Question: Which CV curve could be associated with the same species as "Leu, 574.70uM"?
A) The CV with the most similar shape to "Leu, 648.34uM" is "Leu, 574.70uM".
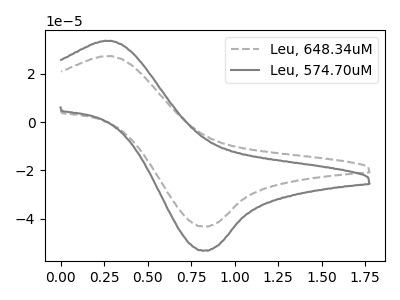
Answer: <think>The gray dashed curve "Leu, 648.34uM" has an anodic peak at (0.30V, 27.30uA) and a cathodic peak at (0.85V, -43.25uA). The gray curve "Leu, 574.70uM" has an anodic peak at (0.30V, 33.60uA) and a cathodic peak at (0.85V, -53.25uA).
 All the peaks in "Leu, 648.34uM" have a peak in "Leu, 574.70uM" at the same potential. Every peak in "Leu, 648.34uM" is lower than every peak in "Leu, 574.70uM".</think>
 <answer>A) The CV with the most similar shape to "Leu, 648.34uM" is "Leu, 574.70uM".</answer>
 <eval>A</eval>